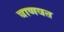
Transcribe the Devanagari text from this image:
बाणवत